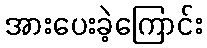
အားပေးခဲ့ကြောင်း